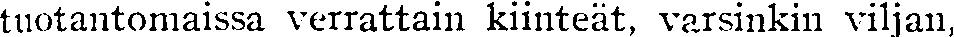
tuotantomaissa verrattain kiinteät, varsinkin viljan,